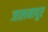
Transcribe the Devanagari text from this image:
जालनापूर